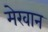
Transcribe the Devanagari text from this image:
मेरवान